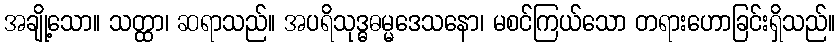
အချို့သော။ သတ္ထာ၊ ဆရာသည်။ အပရိသုဒ္ဓဓမ္မဒေသနော၊ မစင်ကြယ်သော တရားဟောခြင်းရှိသည်။